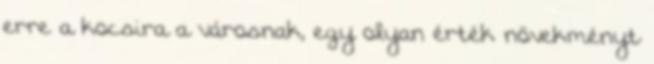
erre a kocsira a városnak, egy olyan érték növekményt